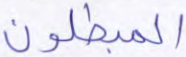
المبطلون